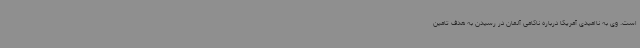
است. وی به ناامیدی آمریکا درباره ناکامی آلمان در رسیدن به هدف تامین